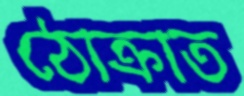
ঠোক্‌রাত